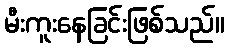
မီးကူးနေခြင်းဖြစ်သည်။